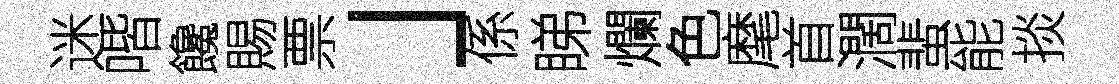
迷喈饞賜票」係睇爛色麾首濶蜚能掞